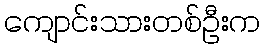
ကျောင်းသားတစ်ဦးက